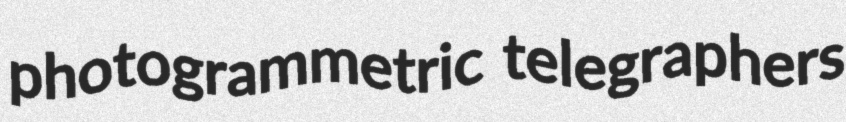
photogrammetric telegraphers